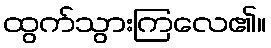
ထွက်သွားကြလေ၏။